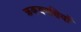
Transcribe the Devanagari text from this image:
क्रकचमक्षियों